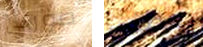
مورلي يعطني